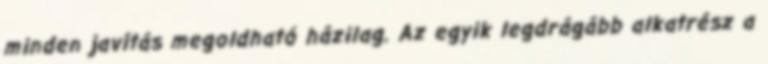
minden javítás megoldható házilag. Az egyik legdrágább alkatrész a